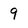
Character: 9